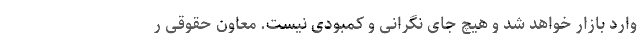
وارد بازار خواهد شد و هیچ جای نگرانی و کمبودی نیست. معاون حقوقی ر